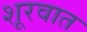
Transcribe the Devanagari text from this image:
शूरवात